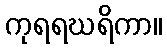
ကုရရဃရိကာ။